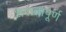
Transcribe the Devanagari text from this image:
शरातापूर्ण